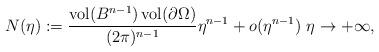
LaTeX: \begin{align*} N(\eta) := \frac{\operatorname{vol}(B^{n-1})\operatorname{vol}(\partial \Omega)}{(2\pi)^{n-1}} \eta^{n-1} + o(\eta^{n-1}) \ \eta \to +\infty,\end{align*}